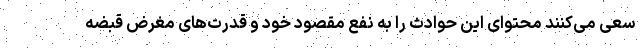
سعی می‌کنند محتوای این حوادث را به نفع مقصود خود و قدرت‌های مغرض قبضه